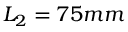
L _ { 2 } = 7 5 m m